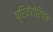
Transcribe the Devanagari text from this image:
प्रिकेटोरियम